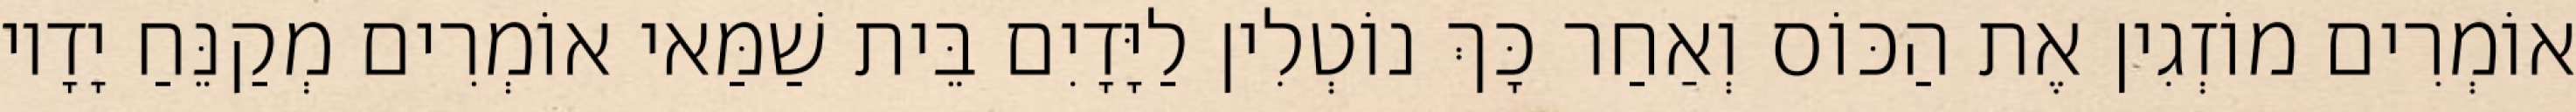
אוֹמְרִים מוֹזְגִין אֶת הַכּוֹס וְאַחַר כָּךְ נוֹטְלִין לַיָּדָיִם בֵּית שַׁמַּאי אוֹמְרִים מְקַנֵּחַ יָדָיו